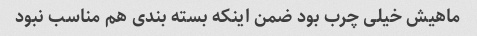
ماهیش خیلی چرب بود ضمن اینکه بسته بندی هم مناسب نبود